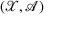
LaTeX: ( { \mathcal { X } } , { \mathcal { A } } )